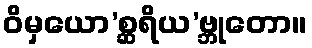
ဝိမှယော’စ္ဆရိယ’ဗ္ဘုတော။